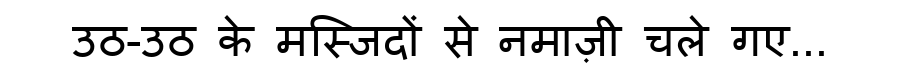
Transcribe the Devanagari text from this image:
उठ-उठ के मस्जिदों से नमाज़ी चले गए...